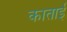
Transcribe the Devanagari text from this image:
काताई